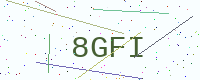
Text: 8GFI